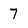
Character: 7